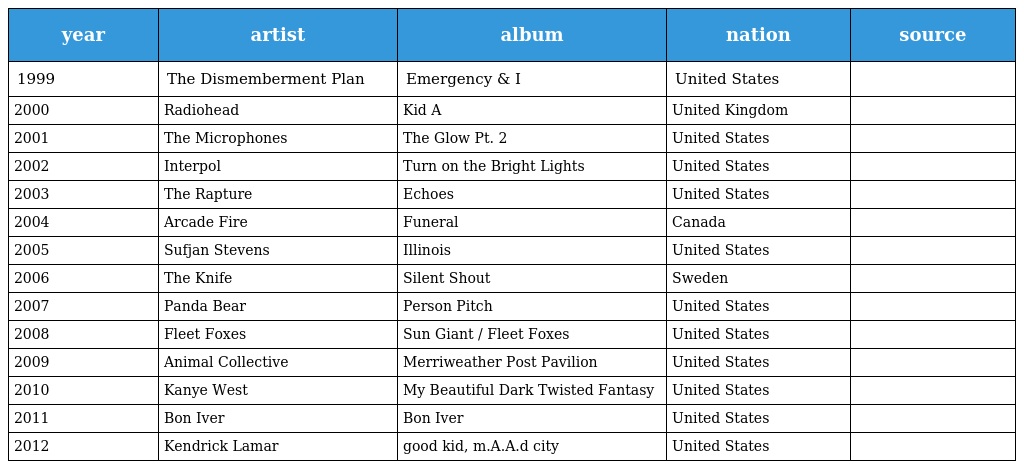
| year | artist | album | nation | source |
 | --- | --- | --- | --- | --- |
 | 1999 | The Dismemberment Plan | Emergency & I | United States |  |
 | 2000 | Radiohead | Kid A | United Kingdom |  |
 | 2001 | The Microphones | The Glow Pt. 2 | United States |  |
 | 2002 | Interpol | Turn on the Bright Lights | United States |  |
 | 2003 | The Rapture | Echoes | United States |  |
 | 2004 | Arcade Fire | Funeral | Canada |  |
 | 2005 | Sufjan Stevens | Illinois | United States |  |
 | 2006 | The Knife | Silent Shout | Sweden |  |
 | 2007 | Panda Bear | Person Pitch | United States |  |
 | 2008 | Fleet Foxes | Sun Giant / Fleet Foxes | United States |  |
 | 2009 | Animal Collective | Merriweather Post Pavilion | United States |  |
 | 2010 | Kanye West | My Beautiful Dark Twisted Fantasy | United States |  |
 | 2011 | Bon Iver | Bon Iver | United States |  |
 | 2012 | Kendrick Lamar | good kid, m.A.A.d city | United States |  |